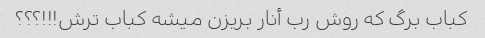
کباب برگ که روش رب أنار بریزن میشه کباب ترش!!!؟؟؟